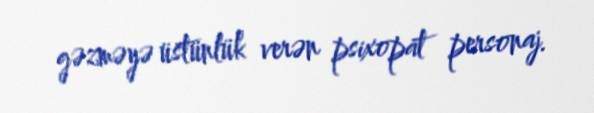
gəzməyə üstünlük verən psixopat personaj.